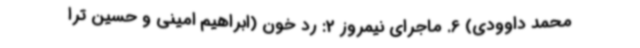
محمد داوودی) 6. ماجرای نیمروز 2: رد خون (ابراهیم امینی و حسین ترا